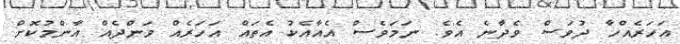
އަހަރެއްހާ ދުވަސް ވެދާނެ އެވެ. ނަމަވެސް އެއާއެކު އެތައް އަހަރެއް ވަންދެއް އާންމުކޮށް